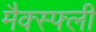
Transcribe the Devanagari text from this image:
मैक्स्फ्ली